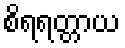
စိရရတ္တာယ